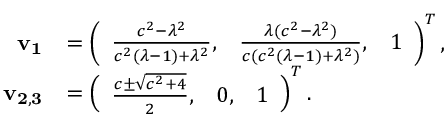
\begin{array} { r l } { \mathbf { v _ { 1 } } } & { = \left( \begin{array} { l l l } { \frac { c ^ { 2 } - \lambda ^ { 2 } } { c ^ { 2 } ( \lambda - 1 ) + \lambda ^ { 2 } } , } & { \frac { \lambda ( c ^ { 2 } - \lambda ^ { 2 } ) } { c ( c ^ { 2 } ( \lambda - 1 ) + \lambda ^ { 2 } ) } , } & { 1 } \end{array} \right) ^ { T } , } \\ { \mathbf { v _ { 2 , 3 } } } & { = \left( \begin{array} { l l l } { \frac { c \pm \sqrt { c ^ { 2 } + 4 } } { 2 } , } & { 0 , } & { 1 } \end{array} \right) ^ { T } . } \end{array}